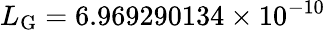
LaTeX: L_{\mathrm{G}}=6.969290134\times 10^{-10}